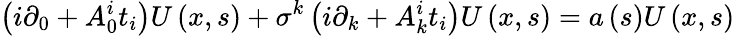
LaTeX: \left(i\partial_{0}+A_{0}^{i}t_{i}\right)U\left(x,s\right)+\sigma^{k}\left(i\partial_{k}+A_{k}^{i}t_{i}\right)U\left(x,s\right)=a\left(s\right)U\left(x,s\right)